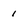
Character: 1